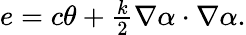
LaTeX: \begin{array}{r}{e=c\theta+\frac{k}{2}\nabla\alpha\cdot\nabla\alpha.}\end{array}